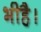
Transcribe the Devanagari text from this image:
भीहै।